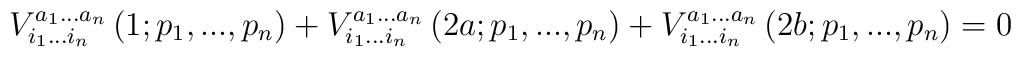
V_{i_1...i_n}^{a_1...a_n}\left( 1;p_1,...,p_n\right)+V_{i_1...i_n}^{a_1...a_n}\left( 2a;p_1,...,p_n\right)+V_{i_1...i_n}^{a_1...a_n}\left( 2b;p_1,...,p_n\right) =0